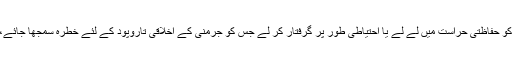
پولیس کے اختیار میں یہ بات تھی کہ وہ کسی بھی ایسے شخص کو حفاظتی حراست میں لے لے یا احتیاطی طور پر گرفتار کر لے جس کو جرمنی کے اخلاقی تاروپود کے لئے خطرہ سمجھا جائے، اور کسی کو بھی — بنا مقدمے– عمر بھر قید میں رکھا جائے۔